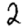
Digit: 2